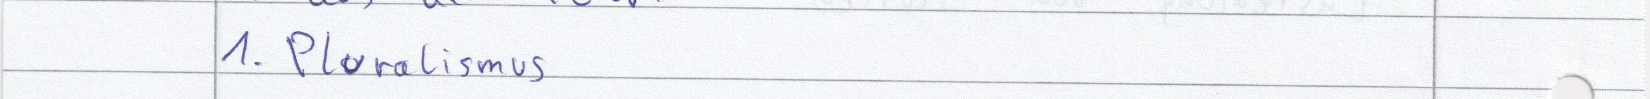
1. Pluralismus